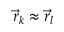
\vec { r } _ { k } \approx \vec { r } _ { l }